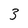
Character: 3